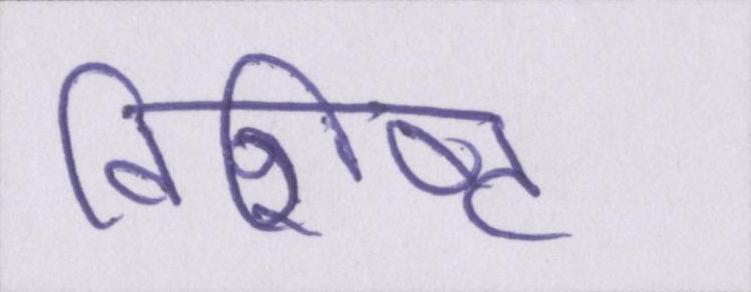
विशिष्ट